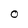
Character: 0